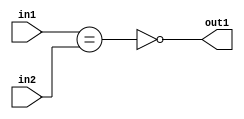
`timescale 1ps / 1ps
/*****************************************************************************
    Verilog RTL Description
    
    
    Created by: Stratus DpOpt 2019.1.01 
*******************************************************************************/

module feature_write_addr_gen_NotEQ_3Ux3U_1U_4_1 (
	in2,
	in1,
	out1
	); /* architecture "behavioural" */ 
input [2:0] in2,
	in1;
output  out1;
wire  asc001,
	asc002;

assign asc002 = (in1==in2);

assign asc001 = 
	((~asc002));

assign out1 = asc001;
endmodule

/* CADENCE  ubTwSwE= : u9/ySgnWtBlWxVPRXgAZ4Og= ** DO NOT EDIT THIS LINE ******/